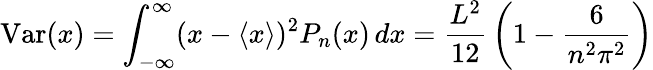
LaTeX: \mathrm{Var}(x)=\int_{-\infty}^{\infty}(x-\langle x\rangle)^{2}P_{n}(x)\, dx={\frac{L^{2}}{12}}\left(1-{\frac{6}{n^{2}\pi^{2}}}\right)